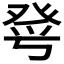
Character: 𤼮